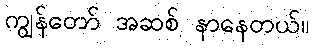
ကျွန်တော် အဆစ် နာနေတယ်။